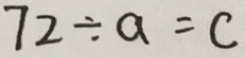
7 2 \div a = c